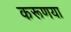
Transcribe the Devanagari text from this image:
करूणया